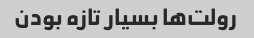
رولت‌ها بسیار تازه بودن